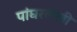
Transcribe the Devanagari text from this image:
पांघरलेली